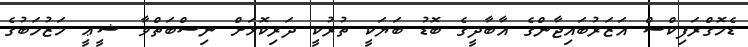
ޑެމޮގްރަފިކްސް އަޒަރުބައިޖާާންގެ އާބާދީގެ ބޮޑު ބަޔަކީ ތުރުކީ ދަރިކޮޅަށް ނިސްބަތްވާ ޝީޢީ މަޒުހަބުގެ